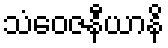
သံဝေဇနီယာနိ